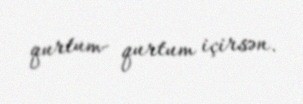
qurtum- qurtum içirsən.